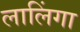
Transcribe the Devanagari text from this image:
लालिंगा